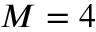
M = 4